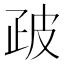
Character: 𭼀